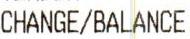
CHANGE/BALANCE